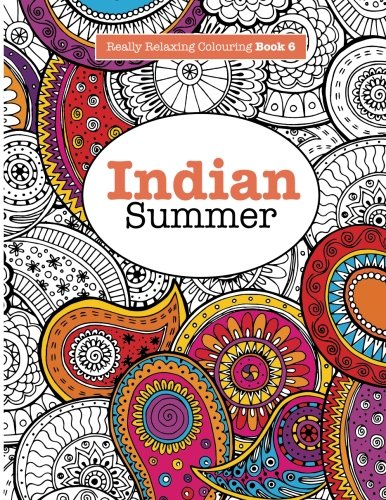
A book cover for Really RELAXING Colouring Book 6: Indian Summer: A Jewelled Journey through Indian Pattern and Colour (Really RELAXING Colouring Books) (Volume 6); Elizabeth James; Health, Fitness & Dieting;